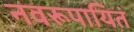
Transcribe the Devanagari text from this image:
नवरूपायित